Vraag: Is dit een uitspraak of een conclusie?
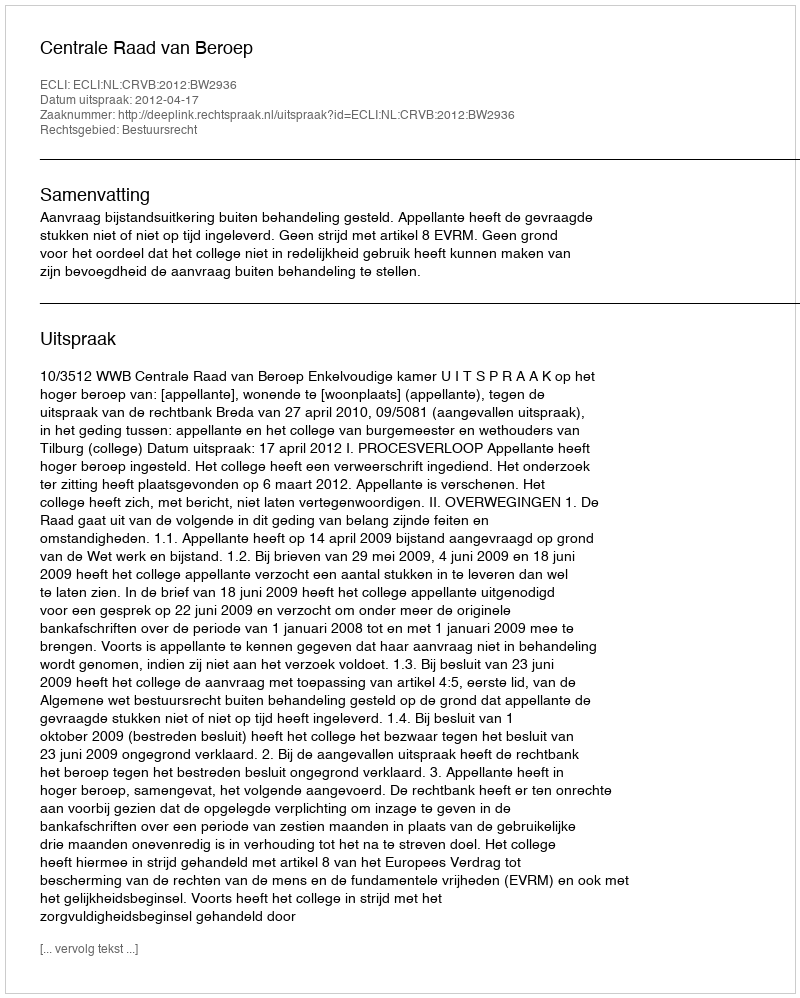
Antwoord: Uitspraak